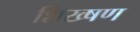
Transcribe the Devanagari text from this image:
शिख्षण